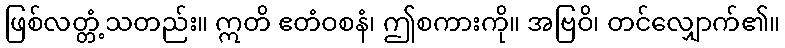
ဖြစ်လတ္တံ့သတည်း။ ဣတိ ဧတံဝစနံ၊ ဤစကားကို။ အဗြဝိ၊ တင်လျှောက်၏။